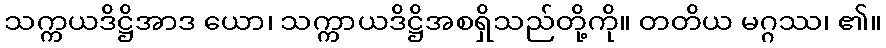
သက္ကယဒိဋ္ဌိအာဒ ယော၊ သက္ကာယဒိဋ္ဌိအစရှိသည်တို့ကို။ တတိယ မဂ္ဂဿ၊ ၏။